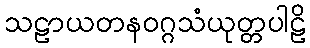
သဠာယတနဝဂ္ဂသံယုတ္တပါဠိ